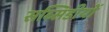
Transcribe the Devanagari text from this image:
सब्सिडीयों